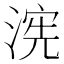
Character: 𮳏